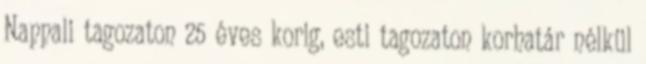
Nappali tagozaton 25 éves korig, esti tagozaton korhatár nélkül